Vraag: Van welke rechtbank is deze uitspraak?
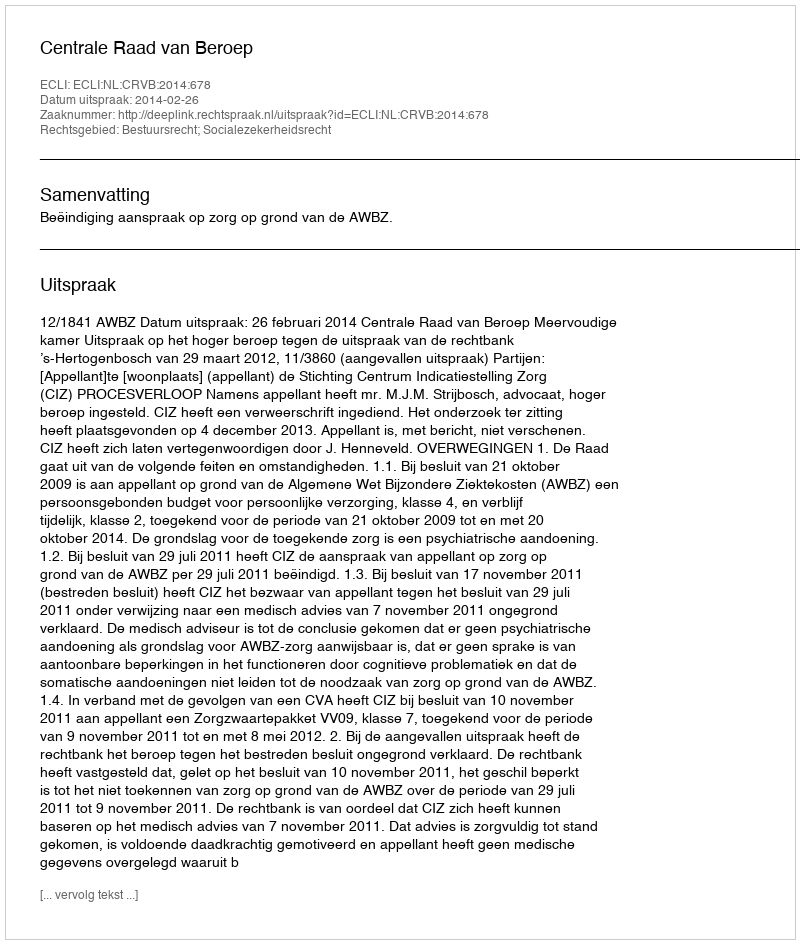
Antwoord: Centrale Raad van Beroep